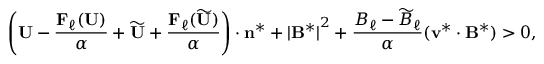
\left( \mathbf { U } - \frac { \mathbf { F } _ { \ell } ( \mathbf { U } ) } { \alpha } + \widetilde { \mathbf { U } } + \frac { \mathbf { F } _ { \ell } ( \widetilde { \mathbf { U } } ) } { \alpha } \right) \cdot \mathbf { n } ^ { * } + { | \mathbf { B } ^ { * } | } ^ { 2 } + \frac { B _ { \ell } - \widetilde { B } _ { \ell } } { \alpha } ( \mathbf { v } ^ { * } \cdot \mathbf { B } ^ { * } ) > 0 ,